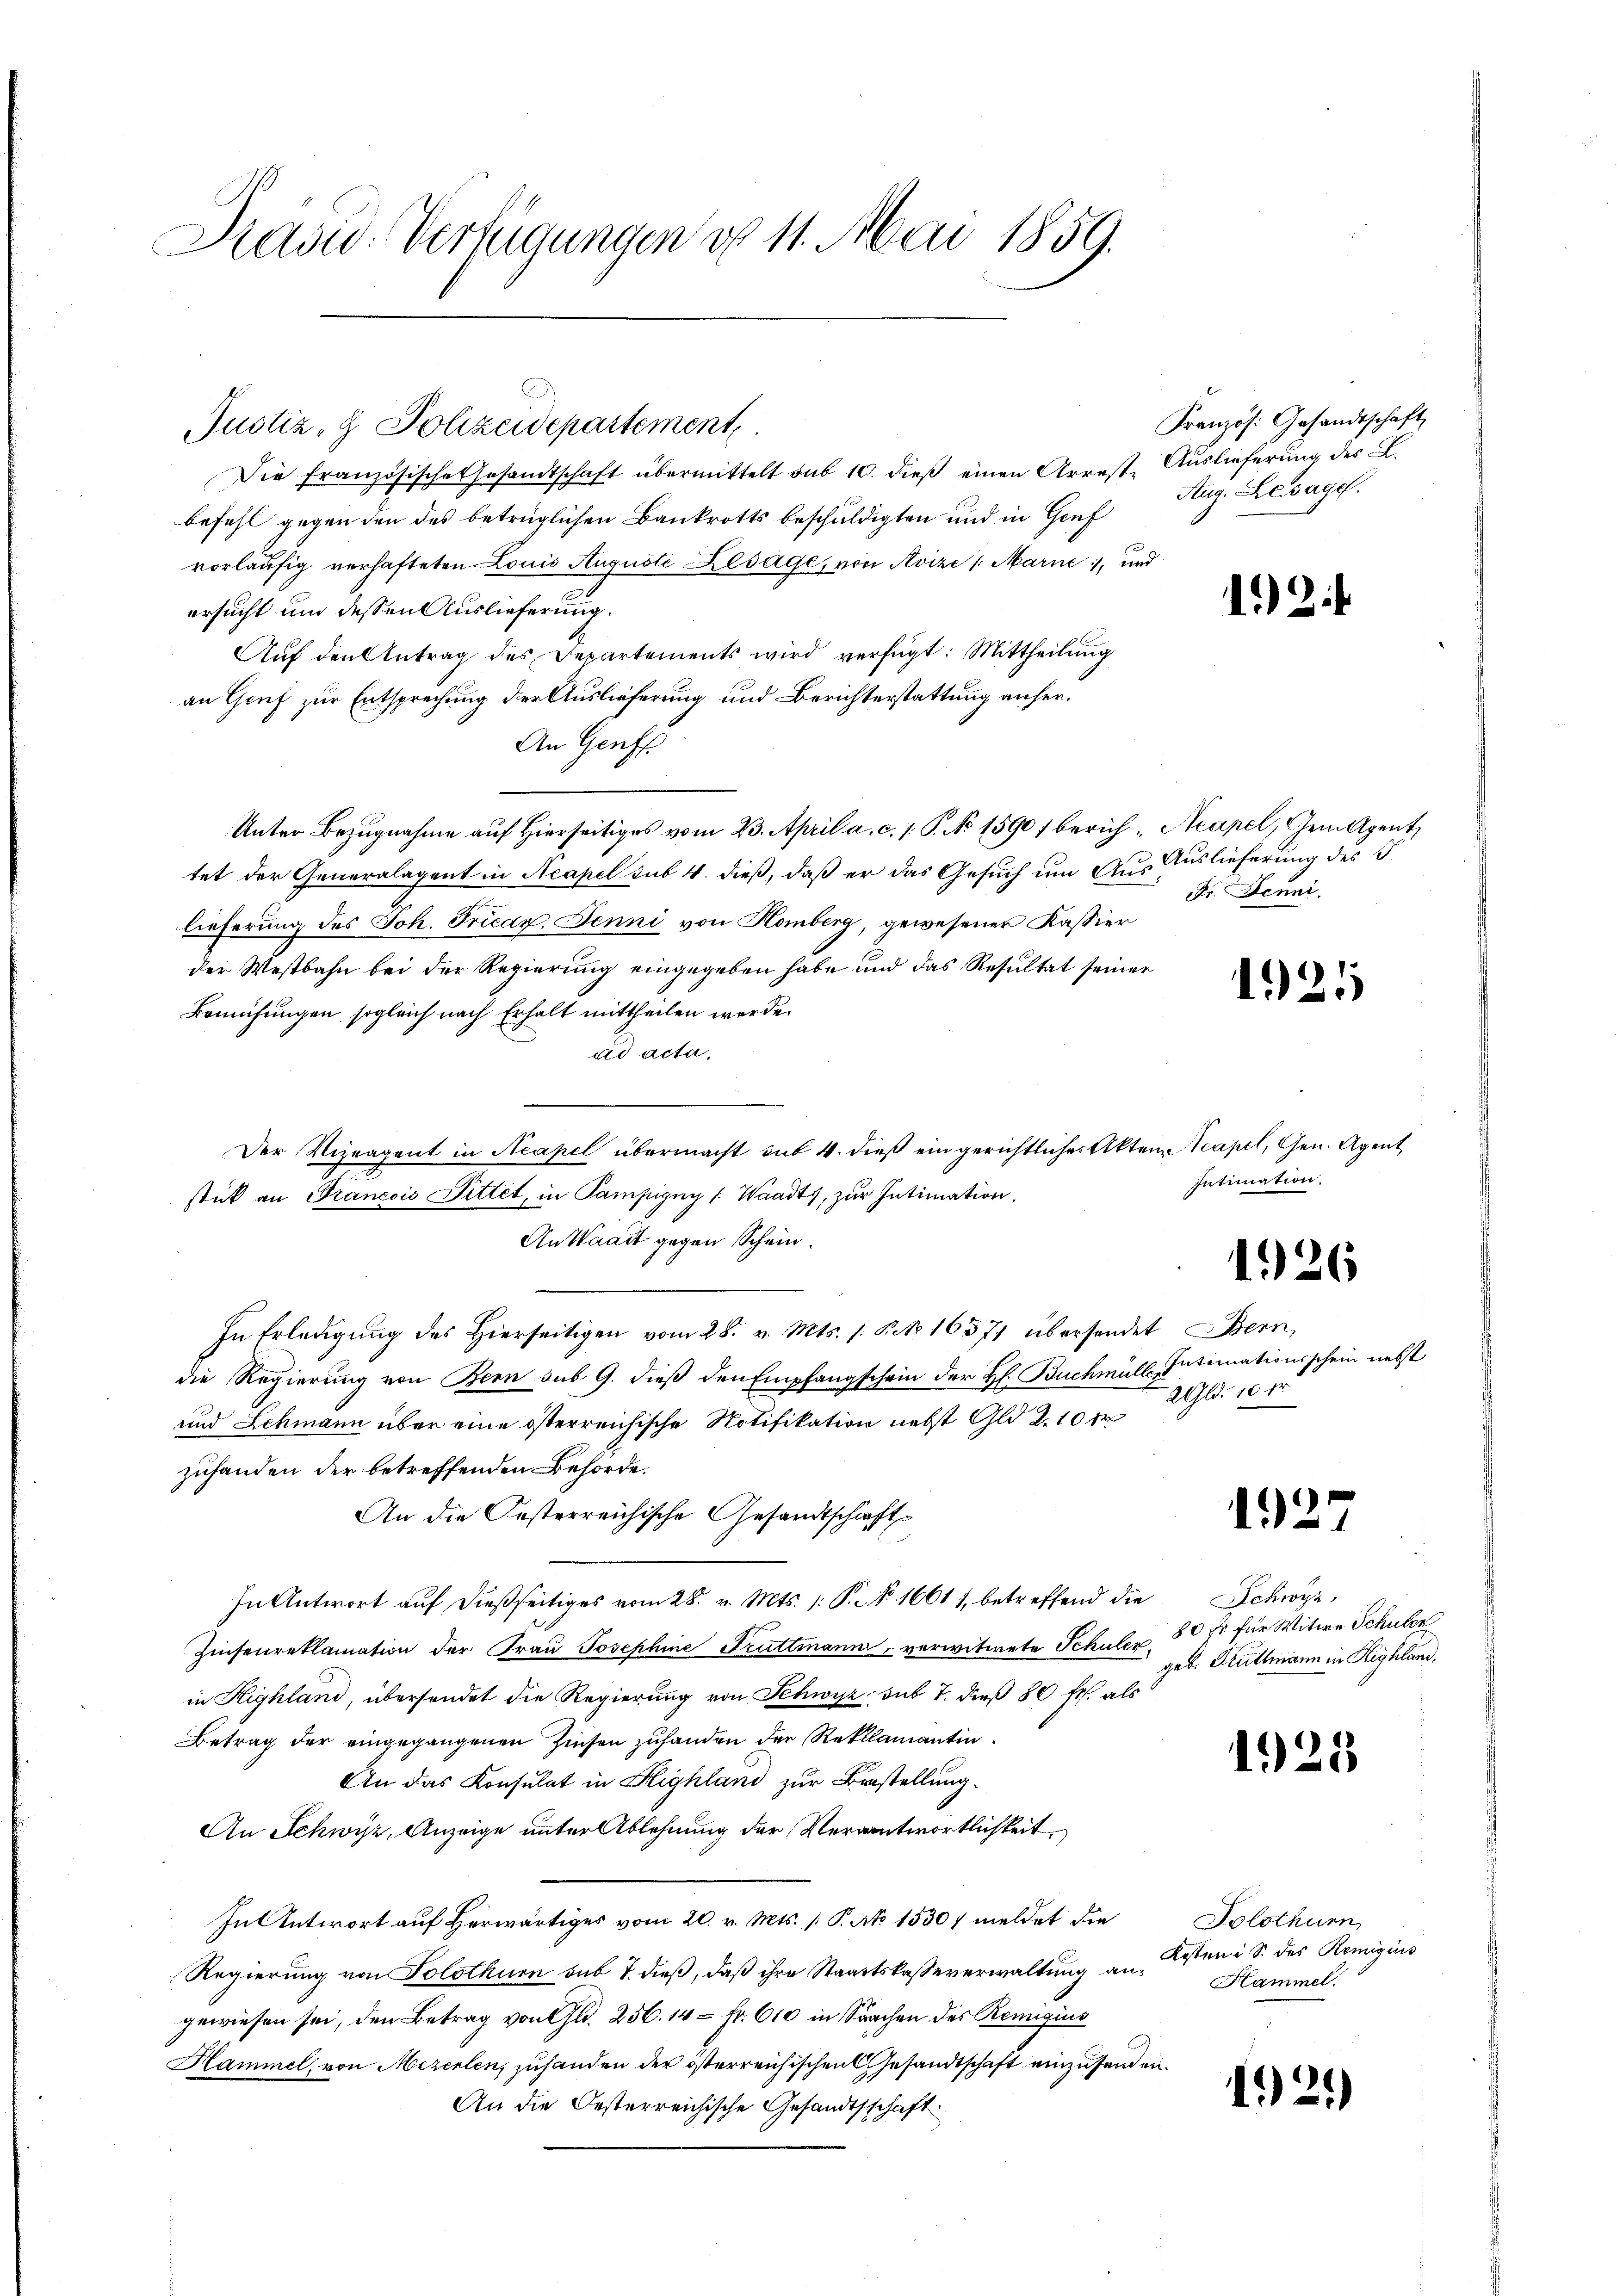
Diadw. Verfügungen d. 11. Mai 1859.

Die Französische Gesandtschaft übermittelt sub 10. dieβ einen Arreste Aŭslieferŭng des L.
befehl gegen den des betrüglichen Bankrotts beschuldigten und in Genf
vorläufig verhafteten Louis Augusti Alsage, von Kvize (Marne, und
ersucht und dessen Auslieferung.
Aŭf den Antrag des Departements wird verfügt: Mittheilŭng
an Grief zur Entsprechung der Auslieferung und Berichterstattung anher¬
An Genf
Unter Bezŭgnahme auf hierseitiges vom 23. April a. c. s. S. No 1590 f berich. Neapel, Gem Agent
tet der Generalagent in Neapel sub 4. dieß, daß er das Gesuch um Aus Auslieferung des G.
lieferung des Joh. Frican. Jenni von Homberg, gewesener Kassier
der Westbahn bei der Regierung eingegeben habe und das Resultat seiner
Bemühungen sogleich nach Erhalt mittheilen werde.
ad acta,
Der Vizeagent in Neapel übermacht sub 4. dieβ ein gerichtliches Akten Scapel, Gen. Agent
stück an Francois Dittet, in Sampigny (Waadt, zur Intimation,
An Waadt gegen Schein.
In Erledigŭng des hierseitigen vom 28. v. Mts. s. R. No 16371 übersendet Bern,
die Regierung von Bern sub 9. dieß den Empfangschein der H. Buchmüll, Intimationsschein nebst
und Schmann über eine österreichische Notifikation nebst Gld 2. 10 fr
zufanden der betreffenden Behörde.
An die Festerreichische Gesandtschäft
In Antwort auf dießseitiges vom 28. v. Mts. 1. P. N. 1601), betreffend die Schwyz,
Zinsenreklamation der Frau Josephine Fruttmann, verwitwete Schulen
in Highland, übersendet die Regierung von Schwyz, sub 7. dieß 80 fr. als
Betrag der eingegangenen Zinsen zuhanden der Reklamantin.
An das Konsulat in Highland zur Bestellung.
An Schwyz, Anzeige unter Ablehnung der Verantwortlichkeit,
Intntwort auf Herwärtiges vom 20. v. Mts. 1 P. Nr. 1530/ meldet die
Regierung von Solothurn sub 7. dieß, daß ihre Staatskaseverwaltung an Hammel.
gewiesen sei, den Betrag von Al. 256. 14 = Fr. 610 in Sachen des Remigius
Hammel, von Mezerlen, zuhanden der österreichischen Gesandtschaft einzusenden
An die Oesterreichische Gesandtschaft

Justiz- & Polizeidepartement

Französ. Gesandtschaft
Aug. Gesage.

.

12

Fr. Jenni.

1921

Intimation.

1.26

2 Gld. 10 fr

1925

80 fr für Witwe Schuler
geb. Truttmann in Righland,

125

Tolothur
Kosten i S. des Remigiis

1921)